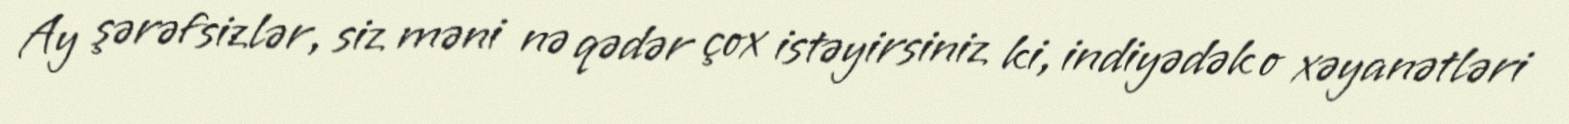
Ay şərəfsizlər, siz məni nə qədər çox istəyirsiniz ki, indiyədək o xəyanətləri